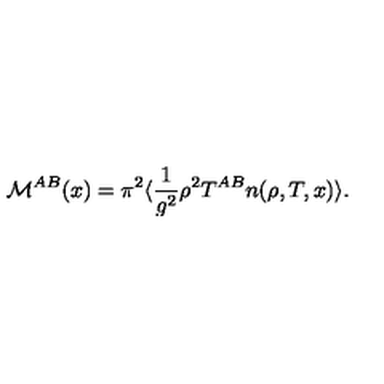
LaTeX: { \cal M } ^ { A B } ( x ) = \pi ^ { 2 } \langle \frac { 1 } { g ^ { 2 } } \rho ^ { 2 } T ^ { A B } n ( \rho , T , x ) \rangle .